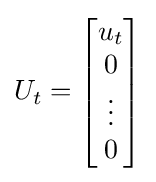
U_{t}={\begin{bmatrix}u_{t}\\0\\\vdots \\0\end{bmatrix}}